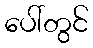
ပေါ်တွင်